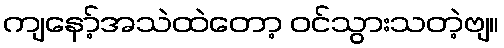
ကျနော့်အသဲထဲတော့ ဝင်သွားသတဲ့ဗျ။